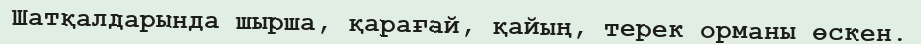
Шатқалдарында шырша, қарағай, қайың, терек орманы өскен.